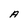
Character: A